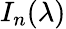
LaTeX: I_{n}(\lambda)